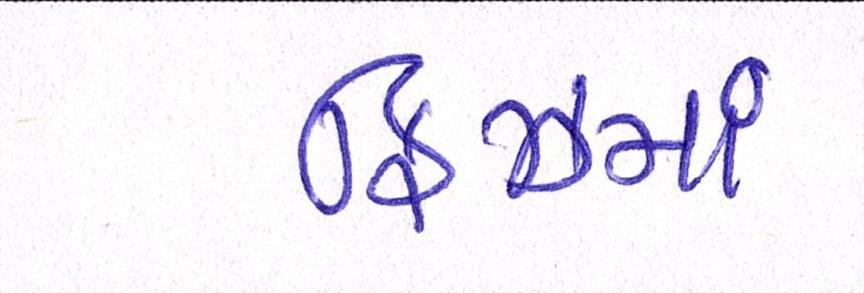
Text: ફ્રિઝમાં